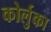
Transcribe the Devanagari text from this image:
कोर्लुका